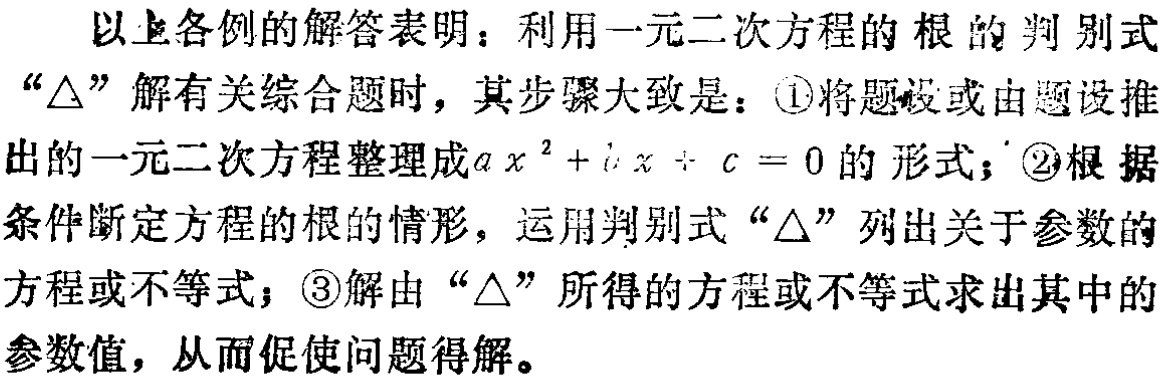
以上各例的解答表明：利用一元二次方程的根的判别式“\(\triangle\)”解有关综合题时，其步骤大致是：\textcircled{1}将题设或由题设推出的一元二次方程整理成\(ax^{2}+bx + c = 0\)的形式；\textcircled{2}根据条件断定方程的根的情形，运用判别式“\(\triangle\)”列出关于参数的方程或不等式；\textcircled{3}解由“\(\triangle\)”所得的方程或不等式求出其中的参数值，从而促使问题得解。